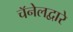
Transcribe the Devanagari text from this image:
चॅनेलद्वारे